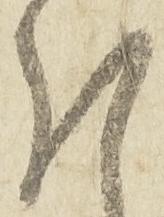
謹